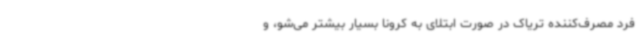
فرد مصرف‌کننده تریاک در صورت ابتلای به کرونا بسیار بیشتر می‌شو، و